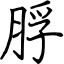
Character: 脬